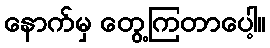
နောက်မှ တွေ့ကြတာပေါ့။